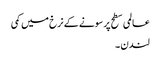
عالمی سطح پر سونے کے نرخ میں کمی
لندن ۔